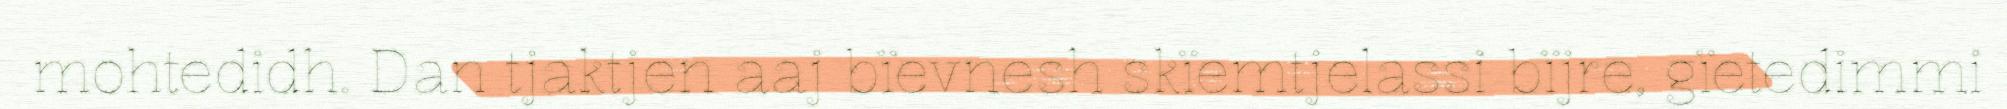
mohtedidh. Dan tjaktjen aaj bïevnesh skïemtjelassi bïjre, gïetedimmi